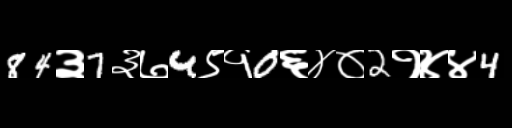
Text: 84३7३७4९१0६४०2१४४4